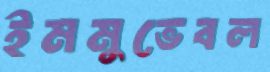
ইমমুভেবল